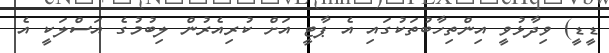
ޑީޑީ) ވިދާޅުވީ އިންތިހާބުތަކުގައި އެ ޕާޓީ އަށް ކުރިއެރުން ލިބުމުގެ އަސްލަކީ އެ